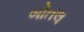
બોતલ